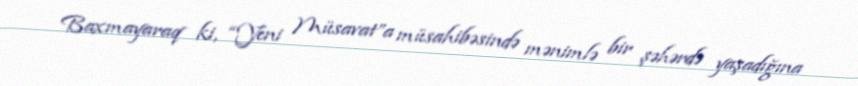
Baxmayaraq ki, “Yeni Müsavat”a müsahibəsində mənimlə bir şəhərdə yaşadığına